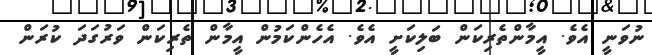
ނުވަނީ އެވެ. އީމާންތެރިކަން ބަލިކަށީ އެވެ. އެހެންކަމުން އީމާން ތެރިކަން ވަރުގަދަ ކުރަން